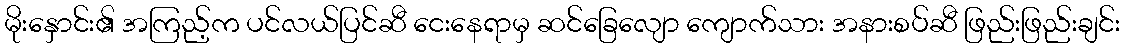
မိုးနှောင်း၏ အကြည့်က ပင်လယ်ပြင်ဆီ ငေးနေရာမှ ဆင်ခြေလျော ကျောက်သား အနားစပ်ဆီ ဖြည်းဖြည်းချင်း